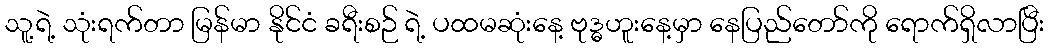
သူ့ရဲ့ သုံးရက်တာ မြန်မာ နိုင်ငံ ခရီးစဉ် ရဲ့ ပထမဆုံးနေ့ ဗုဒ္ဓဟူးနေ့မှာ နေပြည်တော်ကို ရောက်ရှိလာပြီး